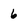
Character: 6